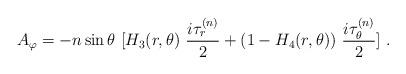
LaTeX: \begin{align*}A_\varphi = -n \sin \theta \ [ H_3(r,\theta) \ \frac{i \tau_{r}^{(n)}}{2} +(1 - H_4(r,\theta)) \ \frac{i \tau_{\theta}^{(n)}}{2}] \ . \end{align*}